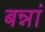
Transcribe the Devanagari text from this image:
बन्नां